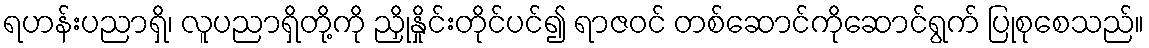
ရဟန်းပညာရှိ၊ လူပညာရှိတို့ကို ညှိုနှိုင်းတိုင်ပင်၍ ရာဇဝင် တစ်ဆောင်ကိုဆောင်ရွက် ပြုစုစေသည်။